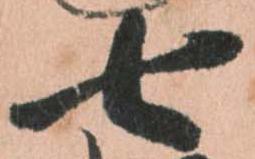
七